Lunatic asylums United Provinces 1909-1921 - 1909-1921
Year: 1909
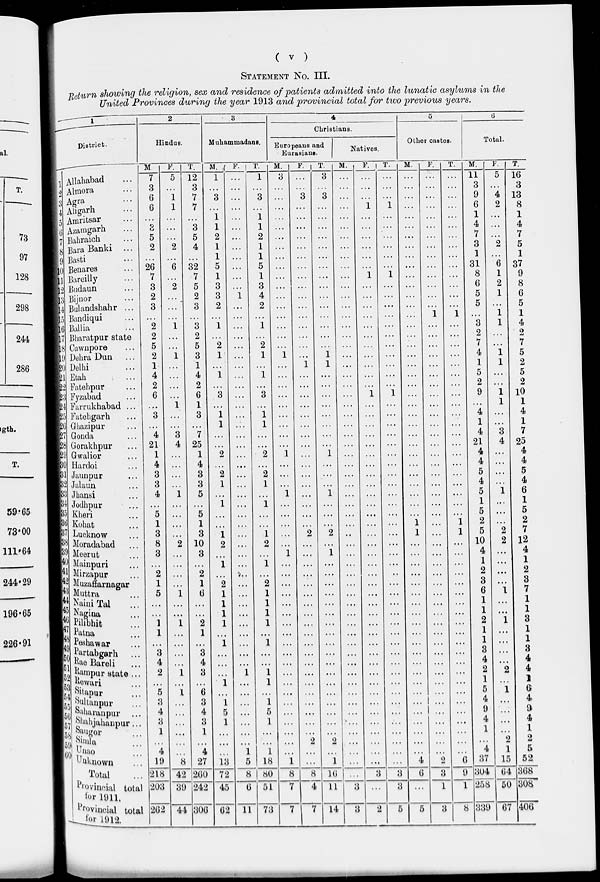
( v )
STATEMENT NO. III.
■ jlcturn showing the religion, sex and residence of patients admitted into the lunatic asylums in the
United Provinces during the year 1913 and provincial total for two previous years.
-——-— It - —~" 1
2
3
4
5
u
-^ ■-"
District.
Hindus.
Muliiimmadiins.
Christians.
Other castes.
al
■
Europeans and
Natives.
Total.
Eurasians.
Allahabad
M
7
F. | T.
M. .( F.
T.
1
M.
F.
T.
M.
F. | T.
M. 1 F.
T.
M.
F.
T.
■ . 1
5 12
1
3
3
...
11
5 16
■ Almora
3
3
3
3
-
1 '
Agra
Aligarh
6
6
1
1
7
7
3
3
3
3 ...
1
1
9
6
1
4
2
13
8
1 5 Amritsar
...
1 ...
1
...
...
...
1
K.
1 (1 Azamgarh
0
0
...
3
1
1
...
...
4 ...
4
R i Bahraich
5
5
2
2
...
7
7
I s Bara Banki ...
2
2
4
1 ...
1
...
3
2
5
97 1 9 Basti
...
...
1
1
1
1
Hii> Benares
26
6 32
5 ...
5 ...
...
...
...
31
6 37
128
K Bareilly
7
7
1
1
1
1
8
1
9
■T' Budaun
3
2
5
3
3 ...
6
2
8
B 1" Bijnor
2 ...
2
3
1
4
...
5
1
6
298
IK4 Bulandshahr ...
3
3
2 ...
2 ...
...
5
5
§1'") Bandiqui
Ballia
"2
1
3
1
i
1
1
3
1
1
1
B°
4
244
B7
W 8
Bharatpur state
Cawnpore
2
5
2
5 "2
2
• • •
2
7
2
7
E<) Dehra Dun
2
i 3 I
1
1 ...
1
. ■.
...
4
1
5
281)
Hu Delhi
1 ...
1 ...
...
...
...
1
1 ...
...
1
1
2
121 Etah
; ...
4
2
...
4
2
1
1 ...
...
...
...
...
5
2
...
5
9
mil Fatehpur
...
£>
■n.i Fyzabad
Farrukhabad ...
6
6
1
3
3
1
1
9
1 10
KM
1
...
...
...
1
1
■24
■25 Fatehgarh
3
3
1
1
...
...
4 ...
4
igth.
w> Ghazipur
1 ...
1
...
1 ...
1
■27 Gonda
4
3
7
...
4
3
7
K8 Gorakhpur
Gwalior
21
1
4 25
1
2
2
1
...
i
...
...
21
4
4 25
4
HI)
BO Hardoi
4
4
. •.
...
...
...
4 ...
4
fr Jaunpur
Jalaun
3
3
2
2
5
5
H2
3
3
1
1
4
4
Hi] Jhansi
4
1
5
1
1
...
5
1
6
K4
59*65
K
Jodhpur
Klieri
5
5
1 ...
1 ...
...
...
...
...
1
5
...
1
5
Eu Kohat
1
1
1
1
2
2
73*00
fci Lucknow
3
3
1
1
2
2
1
1
5
2
7
■; ; > Moradabad
8
2 10
2
2
10
2 12
111*64
m Meerut
3
3
1
1
4
4
■ ; Mainpuri
Mirzapur
1
1
1
1
111
2
2
2
2
244*29
mi Muzaffarnagar
1 ...
1
2
2
...
3 ...
3
14. Muttra
Naiai Tal
5
1
6
1
1
...
1
1
...
...
...
...
...
...
...
...
6
1
L
7
■41
1
196*65
lj ;j Vagina
...
1
1
1
1
1 Pilibhit
1
1
2
1
1
2
1
3
■'li Patna
1
1
1 ...
1
226*91
■
I
I V
Peshawar
1
1
1
1
Partabgarh
3
3 ...
3 ...
3
Rae Bareli
4 ...
4
4
4
, {Jampur state ...
2
1
3
1
1
...
...
...
...
...
2
2
4
■5;
■v
He war i
i
1
1
1
| ^itapur
5
1
6
...
...
5
1
G
^idlanpur
3
3
1
1
4 ...
4
■5( . 5jduiranpur ...
4
4
5
5
...
...
9
a
I 5 " gliahjalmnpur ... 3 ... 3 1
1
.. •
4 ...
4
■ v ; »A
:::
i
1
1
1
■
lo'
...
2
2
...
2
2
■ tjt Unuo
4
4
1
1
4
1
5
Uu known
Total
«'OYiaoiai total
19
218
203
8
42
39
27
260
242
13
72
45
5 18
1
8
7
1
3
3
3
4
0
2
3
1
c 37 15 52
8 80
8 16
11
9
1
304
258
64
50
368
0 51
3
308
^ 1911.
Provincial total 202 44 306 62 11 73
7
7 14
5
8 339 67
3
2
5
3
406
^J^M912.